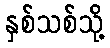
နှစ်သစ်သို့